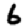
Digit: 6